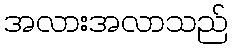
အလားအလာသည်